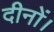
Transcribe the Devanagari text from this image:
दीनों।